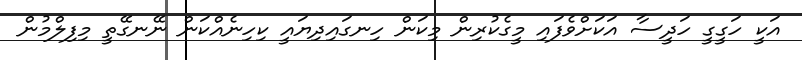
އަކީ ހަގީގީ ހަދީސާ އަކަށްވެފައި މީގެކުުރިން މިކަން ހިނގައިދިޔައީ ކިހިނެއްކަން ނޭނގޭތީ މިފިލްމުން